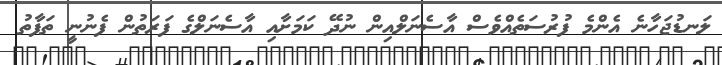
ލަނޑުޖަހާނެ އެންމެ ފުރުސަތެއްވެސް އާސެނަލްއިން ނުދޭ ކަމަށާއި އާސެނަލްގެ ފަރަތުން ފެނުނީ ތަފާތު